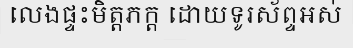
លេងផ្ទះមិត្តភក្ត ដោយទូរស័ព្ទអស់